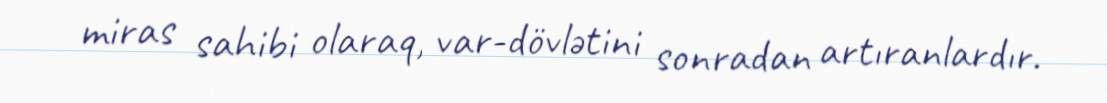
miras sahibi olaraq, var-dövlətini sonradan artıranlardır.